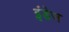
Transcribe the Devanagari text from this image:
इंडेस